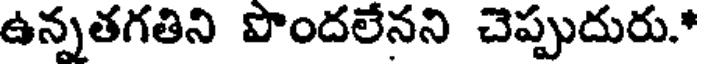
ఉన్నతగతిని పొందలేనని చెప్పుదురు.*